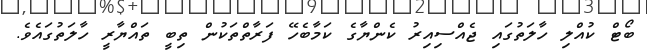
ބޯޓް ކުއްލި ހާލަތުގައި ޖެއްސިއިރު ކެންޔާގެ ކަމާބެހޭ ފަރާތްތަކުން ތިބީ ތައްޔާރީ ހާލަތުގައެވެ.